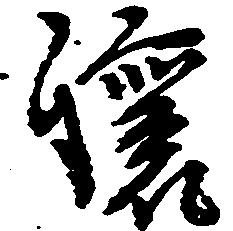
譲